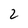
Character: 2